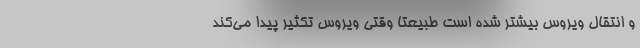
و انتقال ویروس بیشتر شده است طبیعتاً وقتی ویروس تکثیر پیدا می‌کند